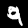
Label: 9